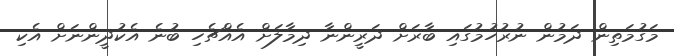
މަގުމަތިން ދަމުން ނުރުހުމުގައި ބާރަށް ދަރީންނާ ދިމާލަށް އެއްޗެހި ބުނެ އެކުދީންނަށް އެކި